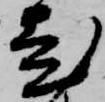
老